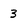
Character: 3